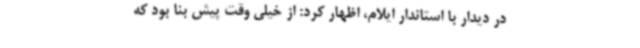
در دیدار با استاندار ایلام، اظهار کرد: از خیلی وقت پیش بنا بود که